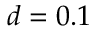
d = 0 . 1